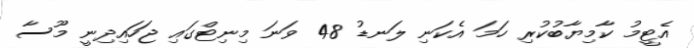
އެޓީމު ކާމިޔާބުކުރި ހަމަ އެކަނި ލަނޑު 48 ވަނަ މިނިޓްގައި ޖަހައިދިނީ މޫސާ